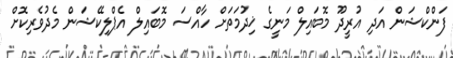
ފަންކްޝަން އަދި އުރީދޫ މޮބައިލް މަނީގެ ޚިދުމަތަށް ހާއްސަ މޮބައިލް އެޕްލިކޭޝަން މެދުވެރިކޮށް